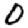
Digit: 0